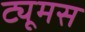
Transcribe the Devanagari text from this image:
ट्यूमस